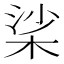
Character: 桬